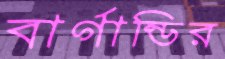
বার্গান্ডির